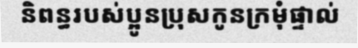
និពន្ធរបស់ប្អូនប្រុសកូនក្រមុំផ្ទាល់